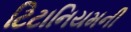
ટિટાનિયમની